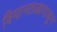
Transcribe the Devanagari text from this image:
विमानतळापासुन